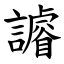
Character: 䜜